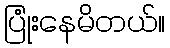
ပြုံးနေမိတယ်။